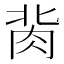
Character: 𰮔